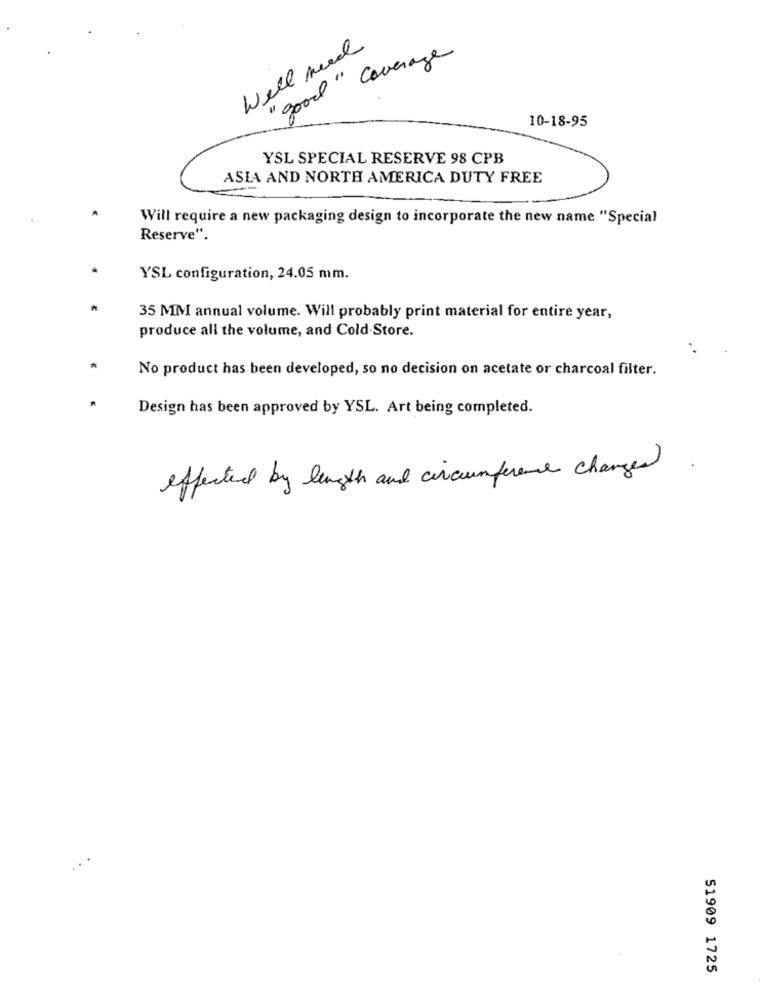
Well need
" good " Coverage
10-18-95
YSL SPECIAL RESERVE 98 CPB
ASIA AND NORTH AMERICA DUTY FREE
Will require a new packaging design to incorporate the new name "Special
Reserve".
YSL configuration, 24.05 mm.
35 MM annual volume. Will probably print material for entire year,
produce all the volume, and Cold Store.
*
No product has been developed, so no decision on acetate or charcoal filter.
Design has been approved by YSL. Art being completed.
effected by length and circumference changes
51909 1725